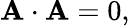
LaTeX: \mathbf{A}\cdot\mathbf{A}=0,